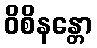
ဝိစိနန္တော